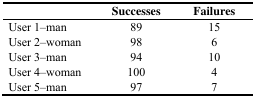
|  | Successes | Failures |
 | --- | --- | --- |
 | User 1–man | 89 | 15 |
 | User 2–woman | 98 | 6 |
 | User 3–man | 94 | 10 |
 | User 4–woman | 100 | 4 |
 | User 5–man | 97 | 7 |